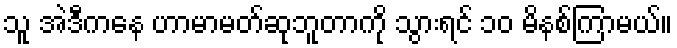
သူ အဲဒီကနေ ဟာမာမတ်ဆုဘူတာကို သွားရင် ၁၀ မိနစ်ကြာမယ်။